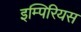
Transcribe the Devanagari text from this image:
इम्पिरियस